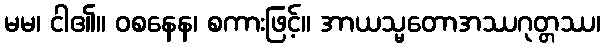
မမ၊ ငါ၏။ ဝစနေန၊ စကားဖြင့်။ အာယသ္မတောအဿဂုတ္တဿ၊